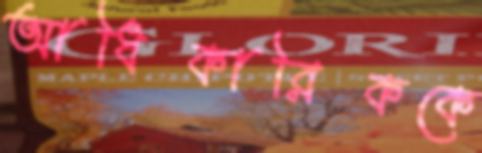
আধিকারিককে